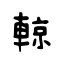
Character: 輬